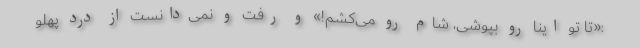
:«تا تو اینا رو بپوشی، شام رو می‌کشم!» و رفت و نمی‌دانست از درد پهلو